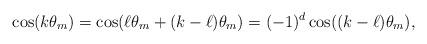
LaTeX: \begin{align*}\cos(k \theta_m) = \cos(\ell \theta_m + (k-\ell) \theta_m) = (-1)^d \cos((k-\ell)\theta_m), \end{align*}